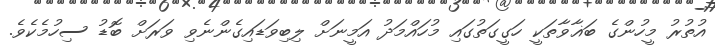
އުތުރު މީހުންގެ ބަޣާވާތަކީ ހަގީގަތުގައި މުހައްމަދު އަމީނަށް ލިބިވަޑައިގެންނެވި ވަރަށް ބޮޑު ސިހުމެކެވެ.